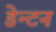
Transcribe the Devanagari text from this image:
डेन्टन